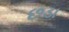
છડા